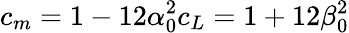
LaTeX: c_{m}=1-12\alpha_{0}^{2}c_{L}=1+12\beta_{0}^{2}